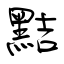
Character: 黠